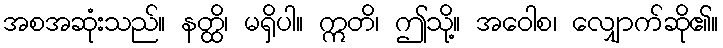
အစအဆုံးသည်။ နတ္ထိ၊ မရှိပါ။ ဣတိ၊ ဤသို့။ အဝေါစ၊ လျှောက်ဆို၏။